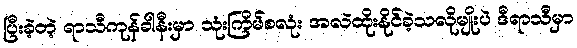
ပြီးခဲ့တဲ့ ရာသီကုန်ခါနီးမှာ သုံးကြိမ်စလုံး အလဲထိုးနိုင်ခဲ့သလိုမျိုးပဲ ဒီရာသီမှာ